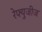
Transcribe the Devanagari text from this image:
रेफ्युजीज